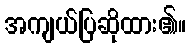
အကျယ်ပြဆိုထား၏။